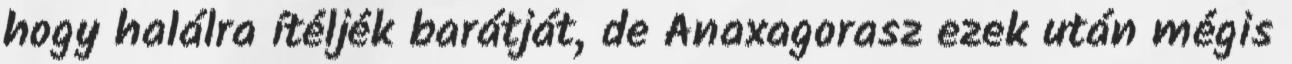
hogy halálra ítéljék barátját, de Anaxagorasz ezek után mégis